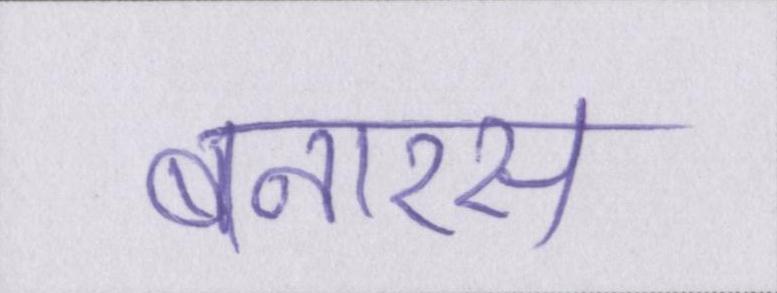
बनारस